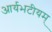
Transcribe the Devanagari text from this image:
आर्यभटीयम्‌